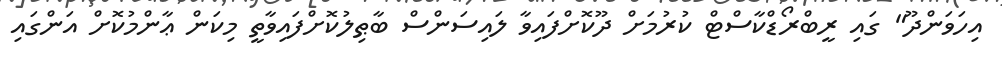
އިހަވަންދޫ" ގައި ރީބްރޯޑްކާސްޓް ކުރުމަށް ދޫކޮށްފައިވާ ލައިސަންސް ބާޠިލުކޮށްފައިވާތީ މިކަން ޢާންމުކޮށް އަންގައި